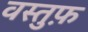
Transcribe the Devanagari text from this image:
वस्तुफ़